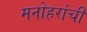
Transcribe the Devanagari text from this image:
मनोहरांची